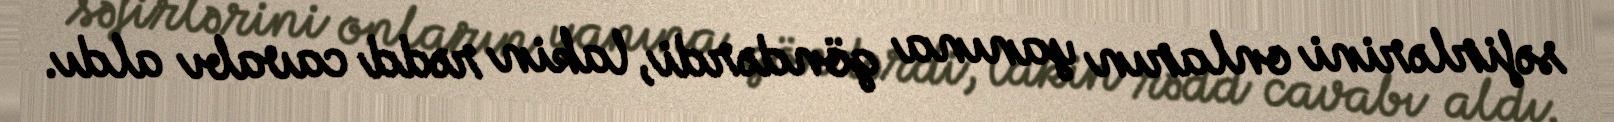
səfirlərini onların yanına göndərdi, lakin rədd cavabı aldı.